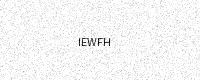
Text: IEWFH